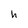
Character: h